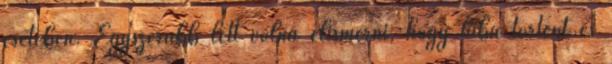
esetében. Egyszerűbb lett volna elismerni, hogy hiba történt és